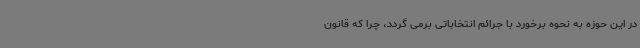
در این حوزه به نحوه برخورد با جرائم انتخاباتی برمی گردد، چرا که قانون